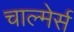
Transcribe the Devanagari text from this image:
चाल्मेर्स